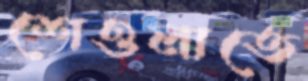
শেওলাতে